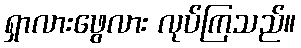
ရှာလားဖွေလား လုပ်ကြသည်။